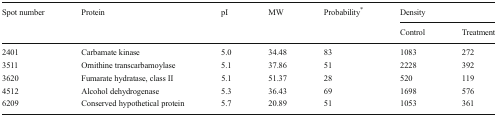
<table><thead><tr><td rowspan="2"><b>Spot number</b></td><td rowspan="2"><b>Protein</b></td><td rowspan="2"><b>pI</b></td><td rowspan="2"><b>MW</b></td><td rowspan="2"><b>Probability<sup>*</sup></b></td><td colspan="2"><b>Density</b></td></tr><tr><td><b>Control</b></td><td><b>Treatment</b></td></tr></thead><tbody><tr><td>2401</td><td>Carbamate kinase</td><td>5.0</td><td>34.48</td><td>83</td><td>1083</td><td>272</td></tr><tr><td>3511</td><td>Ornithine transcarbamoylase</td><td>5.1</td><td>37.86</td><td>51</td><td>2228</td><td>392</td></tr><tr><td>3620</td><td>Fumarate hydratase, class II</td><td>5.1</td><td>51.37</td><td>28</td><td>520</td><td>119</td></tr><tr><td>4512</td><td>Alcohol dehydrogenase</td><td>5.3</td><td>36.43</td><td>69</td><td>1698</td><td>576</td></tr><tr><td>6209</td><td>Conserved hypothetical protein</td><td>5.7</td><td>20.89</td><td>51</td><td>1053</td><td>361</td></tr></tbody></table>